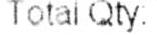
TOTAL QTY: